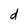
Character: d